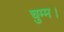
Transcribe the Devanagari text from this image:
चुम्म।